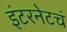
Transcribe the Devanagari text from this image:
इंटरनेटचं